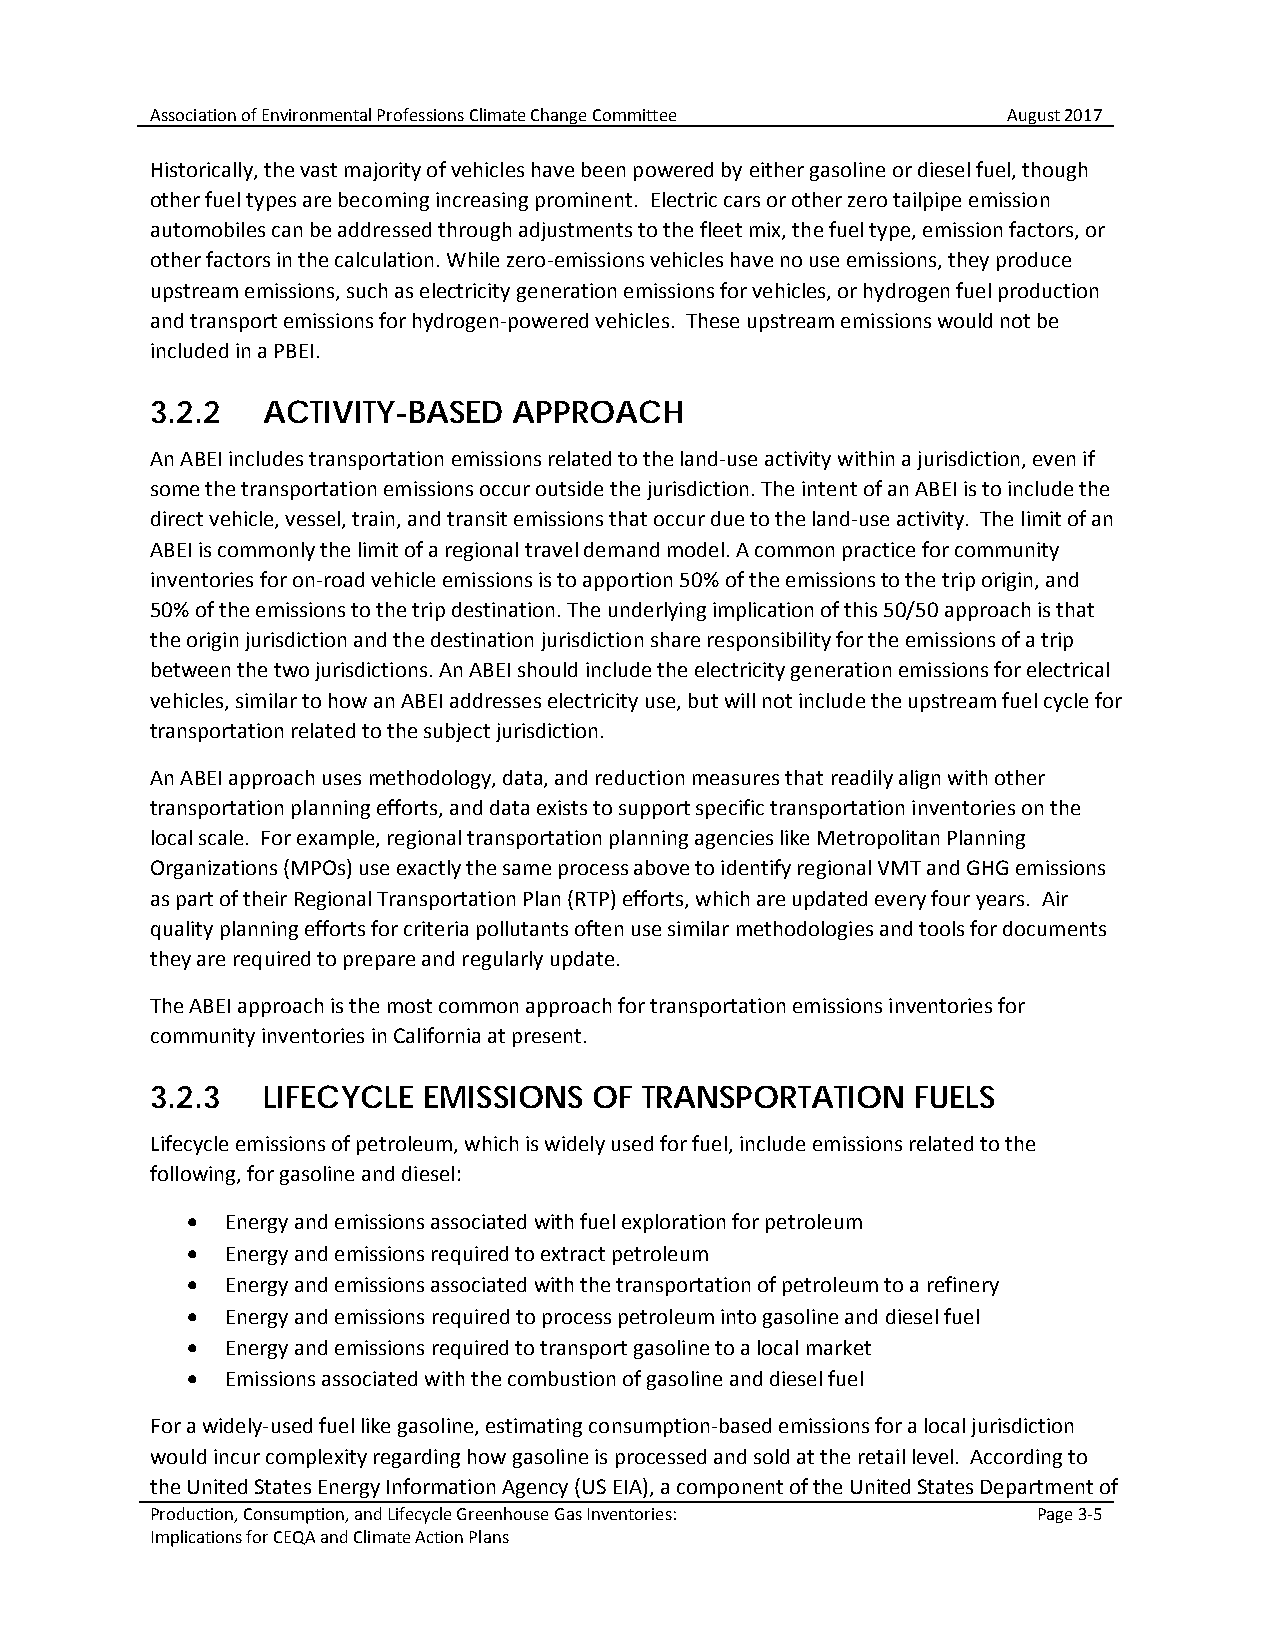
Association of Environmental Professions Climate Change Committee August 2017
 Historically, the vast majority of vehicles have been powered by either gasoline or diesel fuel, though
 other fuel types are becoming increasing prominent. Electric cars or other zero tailpipe emission
 automobiles can be addressed through adjustments to the fleet mix, the fuel type, emission factors, or
 other factors in the calculation. While zero-emissions vehicles have no use emissions, they produce
 upstream emissions, such as electricity generation emissions for vehicles, or hydrogen fuel production
 and transport emissions for hydrogen-powered vehicles. These upstream emissions would not be
 included in a PBEI.
 3.2.2  ACTIVITY-BASED   APPROACH
 An ABEI includes transportation emissions related to the land-use activity within a jurisdiction, even if
 some the transportation emissions occur outside the jurisdiction. The intent of an ABEI is to include the
 direct vehicle, vessel, train, and transit emissions that occur due to the land-use activity. The limit of an
 ABEI is commonly the limit of a regional travel demand model. A common practice for community
 inventories for on-road vehicle emissions is to apportion 50% of the emissions to the trip origin, and
 50% of the emissions to the trip destination. The underlying implication of this 50/50 approach is that
 the origin jurisdiction and the destination jurisdiction share responsibility for the emissions of a trip
 between the two jurisdictions. An ABEI should include the electricity generation emissions for electrical
 vehicles, similar to how an ABEI addresses electricity use, but will not include the upstream fuel cycle for
 transportation related to the subject jurisdiction.
 An ABEI approach uses methodology, data, and reduction measures that readily align with other
 transportation planning efforts, and data exists to support specific transportation inventories on the
 local scale. For example, regional transportation planning agencies like Metropolitan Planning
 Organizations (MPOs) use exactly the same process above to identify regional VMT and GHG emissions
 as part of their Regional Transportation Plan (RTP) efforts, which are updated every four years. Air
 quality planning efforts for criteria pollutants often use similar methodologies and tools for documents
 they are required to prepare and regularly update.
 The ABEI approach is the most common approach for transportation emissions inventories for
 community inventories in California at present.
 3.2.3  LIFECYCLE  EMISSIONS  OF  TRANSPORTATION    FUELS
 Lifecycle emissions of petroleum, which is widely used for fuel, include emissions related to the
 following, for gasoline and diesel:
 •  Energy and emissions associated with fuel exploration for petroleum
 •  Energy and emissions required to extract petroleum
 •  Energy and emissions associated with the transportation of petroleum to a refinery
 •  Energy and emissions required to process petroleum into gasoline and diesel fuel
 •  Energy and emissions required to transport gasoline to a local market
 •  Emissions associated with the combustion of gasoline and diesel fuel
 For a widely-used fuel like gasoline, estimating consumption-based emissions for a local jurisdiction
 would incur complexity regarding how gasoline is processed and sold at the retail level. According to
 the United States Energy Information Agency (US EIA), a component of the United States Department of
 Production, Consumption, and Lifecycle Greenhouse Gas Inventories: Page 3-5
 Implications for CEQA and Climate Action Plans